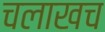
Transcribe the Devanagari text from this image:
चलाखच